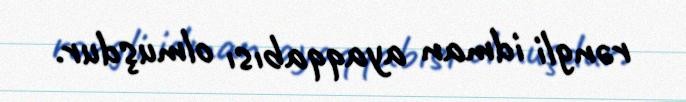
rəngli idman ayaqqabısı olmuşdur.